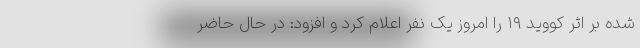
شده بر اثر کووید ۱۹ را امروز یک نفر اعلام کرد و افزود: در حال حاضر